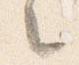
之